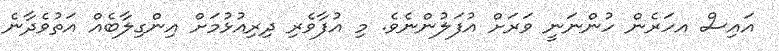
އައިސް އހަރެން ހުންނަނީ ވަރަށް އުފަލުންނެވެ. މި އުފާވެރި ދިރިއުޅުމަށް އިންގިލާބެއް އަތުވެދާނެ